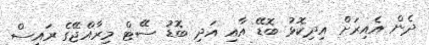
ދެން އެއިރަށް އިދިކޮޅު ބޮޑޭ އާއި އަދި ބޮޑު ސޭޓް މިރާއްޖޭގެ ރައީސް